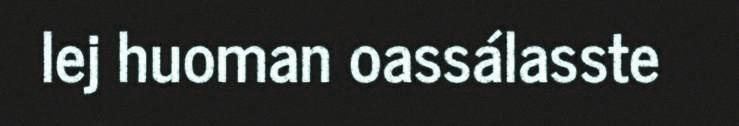
lej huoman oassálasste